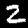
Label: 2